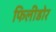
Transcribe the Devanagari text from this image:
फिलीडोर